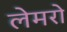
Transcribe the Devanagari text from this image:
लेमरो